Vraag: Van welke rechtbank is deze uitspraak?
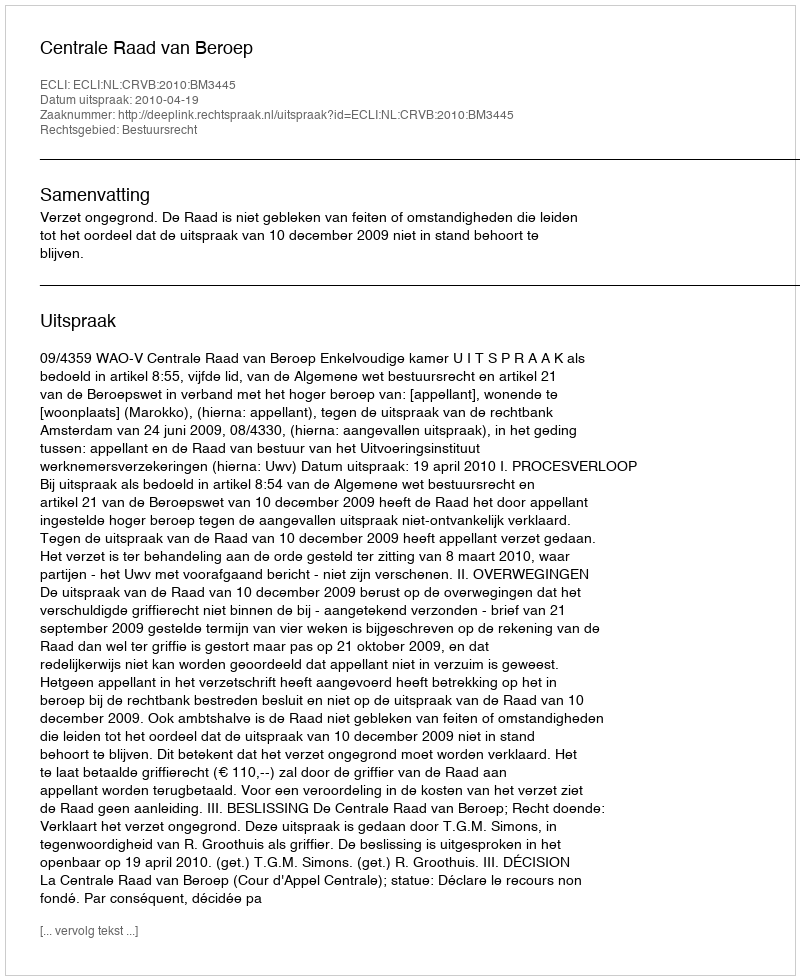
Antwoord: Centrale Raad van Beroep